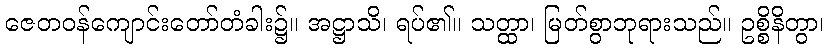
ဇေတဝန်ကျောင်းတော်တံခါး၌။ အဋ္ဌာသိ၊ ရပ်၏။ သတ္ထာ၊ မြတ်စွာဘုရားသည်။ ဥစ္စိနိတွာ၊